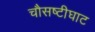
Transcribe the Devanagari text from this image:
चौसष्टीघाट